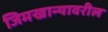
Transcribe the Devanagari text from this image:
जिमखान्यावरील